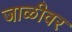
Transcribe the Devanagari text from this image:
जाळीवर